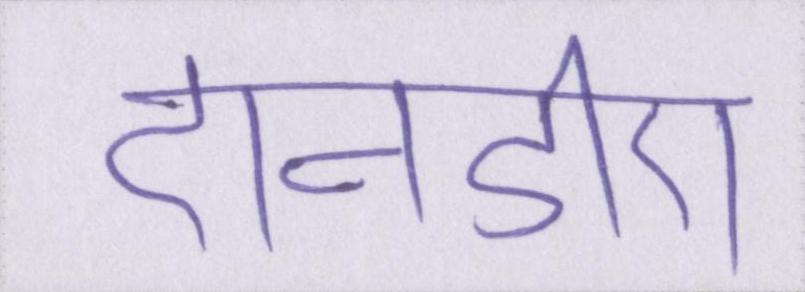
एनडीए